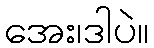
အေး၊ဒါပဲ။